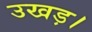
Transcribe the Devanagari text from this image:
उखड़।